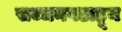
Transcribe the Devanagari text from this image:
सज्जनगडाहून